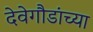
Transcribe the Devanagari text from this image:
देवेगौडांच्या